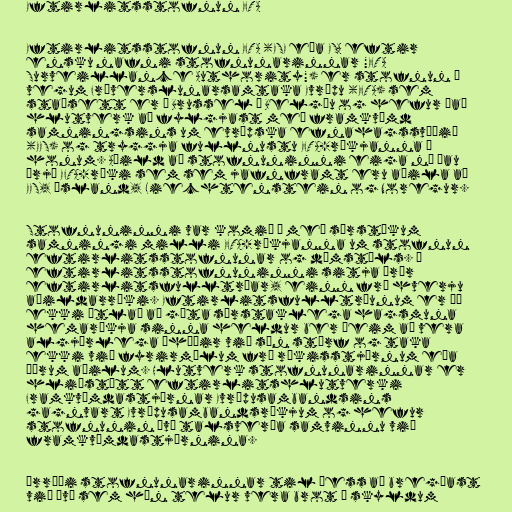
Eftirlitsstofnun EFTA

Eftirlitsstofnun EFTA (ESE eða ESA eftir
ensku nafni stofnunarinnar "EFTA
Surveillance Authority") er stofnun á
vegum Fríverslunarsamtaka Evrópu (EFTA) sem
staðsett er í Brussel í Belgíu og hefur það
hlutverk að fylgjast með framkvæmd
samningsins um evrópska efnahagssvæðið
(EES) og tryggja fullnustu EFTA-ríkjanna á
honum. Aðild að stofnuninni eiga nú þau
þrjú EFTA-ríki sem sem jafnframt eru aðila að
EES, Ísland, Liechtenstein og Noregur.

Stofnuninni var komið á með sérstökum
samningi milli EFTA-ríkjanna um stofnun
eftirlitsstofnunar og dómstóls. Í
eftirlitsstofnuninni sitja þrír
eftirlitsfulltrúar, einn frá hverju
aðildarríki. Eftirlitsfulltrúunum er þó
ekki ætlað að gæta sérstaklega hagsmuna
hemaríkja sinna heldur ber þeim að vera
algjörlega óháðir við sín störf og taka
ekki við fyrirmælum frá ríkisstjórnum eða
öðrum aðilum. Hlutverk stofnunarinnar er
hliðstætt eftirlitshlutverki
Framkvæmdastjórnar Evrópusambandsins
gagnvart Evrópusambandsríkjum og hefur
stofnunin því talsverða samvinnu við
framkvæmdastjórnina.

Úrræði stofnunarinnar til þess að bregðast
við því sem hún telur vera brot á skyldum